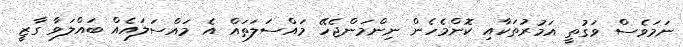
ނަމަވެސް ވަގުތީ އަމުރުތަކާއި ކޮންމެހެން ނިންމަންޖެހޭ މައްސަލަތައް އެ މައްސަލައެއް ބައްލަވާ ގާޒީ